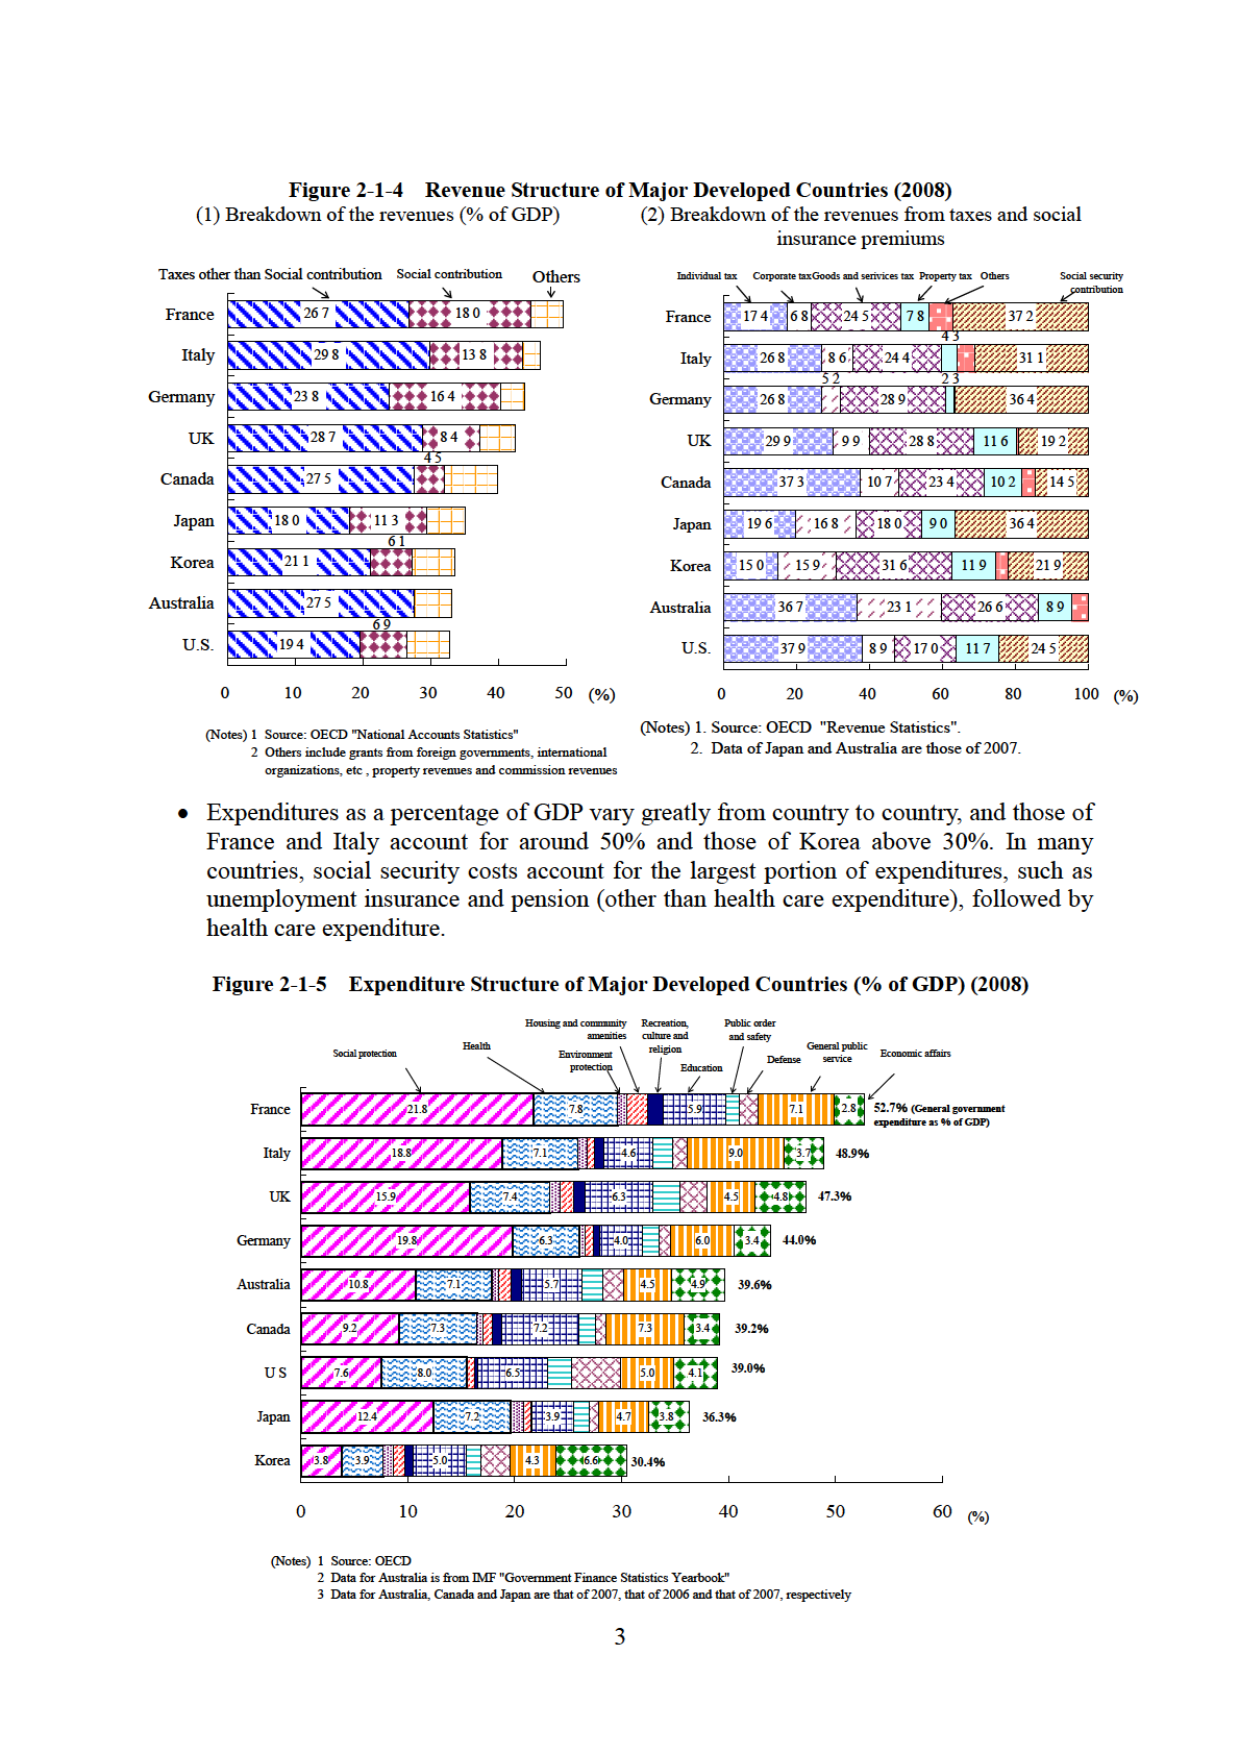
Figure 2-1-4 Revenue Structure of Major Developed Countries (2008)
(1) Breakdown of the revenues (% of GDP)
(2) Breakdown of the revenues from taxes and social insurance premiums

Taxes other than Social contribution Social contribution Others
France 26.7 18.0
Italy 29.8 13.8
Germany 23.8 16.4
UK 28.7 8.4
Canada 27.5
Japan 18.0 11.3
Korea 21.1
Australia 27.5 6.9
U.S. 19.4

Individual tax Corporate tax Goods and services tax Property tax Others Social security contribution
France 17.4 6.8 24.5 7.8 4.3 37.2
Italy 26.8 8.6 24.4 2.3 31.1
Germany 26.8 28.9 36.4
UK 29.9 9.9 28.8 11.6 19.2
Canada 37.3 10.7 23.4 10.2 14.5
Japan 19.6 16.8 18.0 9.0 36.4
Korea 15.0 15.9 31.6 11.9 21.9
Australia 36.7 23.1 26.6 8.9
U.S. 37.9 8.9 17.0 11.7 24.5

(Notes) 1. Source: OECD "National Accounts Statistics"
2. Others include grants from foreign governments, international organizations, etc., property revenues and commission revenues

(Notes) 1. Source: OECD "Revenue Statistics".
2. Data of Japan and Australia are those of 2007.

• Expenditures as a percentage of GDP vary greatly from country to country, and those of France and Italy account for around 50% and those of Korea above 30%. In many countries, social security costs account for the largest portion of expenditures, such as unemployment insurance and pension (other than health care expenditure), followed by health care expenditure.

Figure 2-1-5 Expenditure Structure of Major Developed Countries (% of GDP) (2008)

Social protection Health Housing and community amenities Environment protection Recreation, culture and religion Education Public order and safety Defense General public service Economic affairs
France 21.8 7.8 5.9 7.1 2.8 52.7% (General government expenditure as % of GDP)
Italy 18.8 7.1 4.6 9.0 3.7 48.9%
UK 15.9 7.4 6.3 4.5 4.8 47.3%
Germany 19.8 6.3 4.0 6.0 3.4 44.0%
Australia 10.8 7.1 5.7 4.5 4.9 39.6%
Canada 9.2 7.3 7.2 7.3 3.4 39.2%
US 7.6 8.0 6.5 5.0 4.1 39.0%
Japan 12.4 7.2 3.9 4.7 3.8 36.3%
Korea 3.8 3.9 5.0 4.3 6.6 30.4%

(Notes) 1. Source: OECD
2. Data for Australia is from IMF "Government Finance Statistics Yearbook"
3. Data for Australia, Canada and Japan are that of 2007, that of 2006 and that of 2007, respectively

3